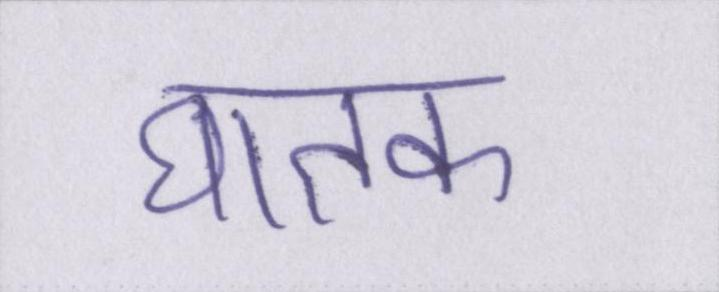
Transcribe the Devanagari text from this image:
घातक